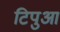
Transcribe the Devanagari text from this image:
टिपुआ